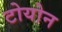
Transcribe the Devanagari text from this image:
टोयोन